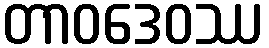
တာဝဒေဝဿ